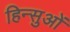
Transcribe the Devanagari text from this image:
हिन्सुओं